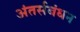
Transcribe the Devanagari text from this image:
अंतर्सबंधन